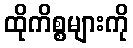
ထိုကိစ္စများကို